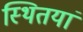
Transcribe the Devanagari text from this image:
स्थितयां